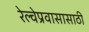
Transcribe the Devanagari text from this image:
रेल्वेप्रवासासाठी